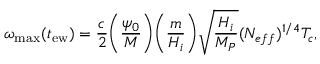
\omega _ { \mathrm { m a x } } ( t _ { \mathrm { e w } } ) = \frac { c } { 2 } \biggl ( \frac { \psi _ { 0 } } { M } \biggr ) \biggl ( \frac { m } { H _ { i } } \biggr ) \sqrt { \frac { H _ { i } } { M _ { P } } } ( N _ { e f f } ) ^ { 1 / 4 } T _ { c } ,